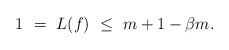
LaTeX: \begin{align*} 1 \ =\ L(f)\ \le \ m+1-\beta m.\end{align*}